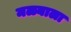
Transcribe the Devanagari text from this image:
मळ्याला